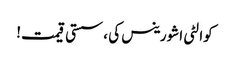
کوالٹی اشورینس کی ، سستی قیمت!